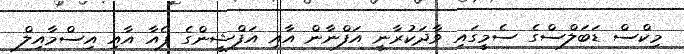
މިކްސް ޑަބަލްސްގެ ސެމީގައި ވާދަކުރާނީ އަފްނާން އާއި އަފްޝީންގެ ޕެއާ އާއި އިސްމާއިލް